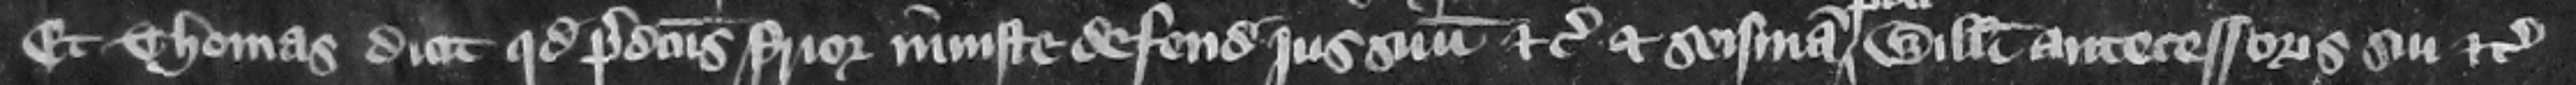
Et Thomas dicit quod predictus prior iniuste defendit jus suum etc. et seisinam predicti Willelmi antecessoris sui etc.